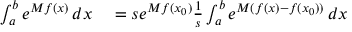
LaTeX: \begin{array} { r l } { \int _ { a } ^ { b } e ^ { M f ( x ) } \, d x } & { { } = s e ^ { M f ( x _ { 0 } ) } { \frac { 1 } { s } } \int _ { a } ^ { b } e ^ { M ( f ( x ) - f ( x _ { 0 } ) ) } \, d x } \end{array}